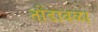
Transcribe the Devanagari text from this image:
तोंडावळा